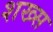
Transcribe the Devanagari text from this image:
शख्‍स